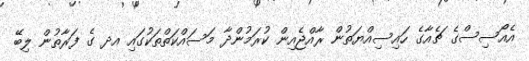
އެއޯސިސްގެ ޗެއާގެ ހައިސިއްޔަތުން ރާއްޖެއިން ކުރަމުންދާ މަސައްކަތްތަކުގައި އދ ގެ ފަރާތުން ލިބޭ